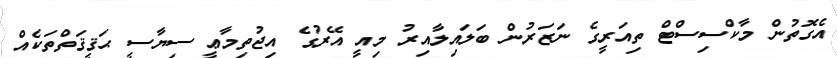
އެގޮތުން މާކްސިސްޓް ތިއަރީގެ ނަޒަރުން ބަލައިލާއިރު މިއީ އޭރުގެ އިޖުތިމާޢީ ސިޔާސީ ޙަޤީޤަތްތަކެއް